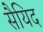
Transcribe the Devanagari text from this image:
सैयिद